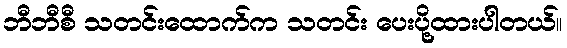
ဘီဘီစီ သတင်းထောက်က သတင်း ပေးပို့ထားပါတယ်။